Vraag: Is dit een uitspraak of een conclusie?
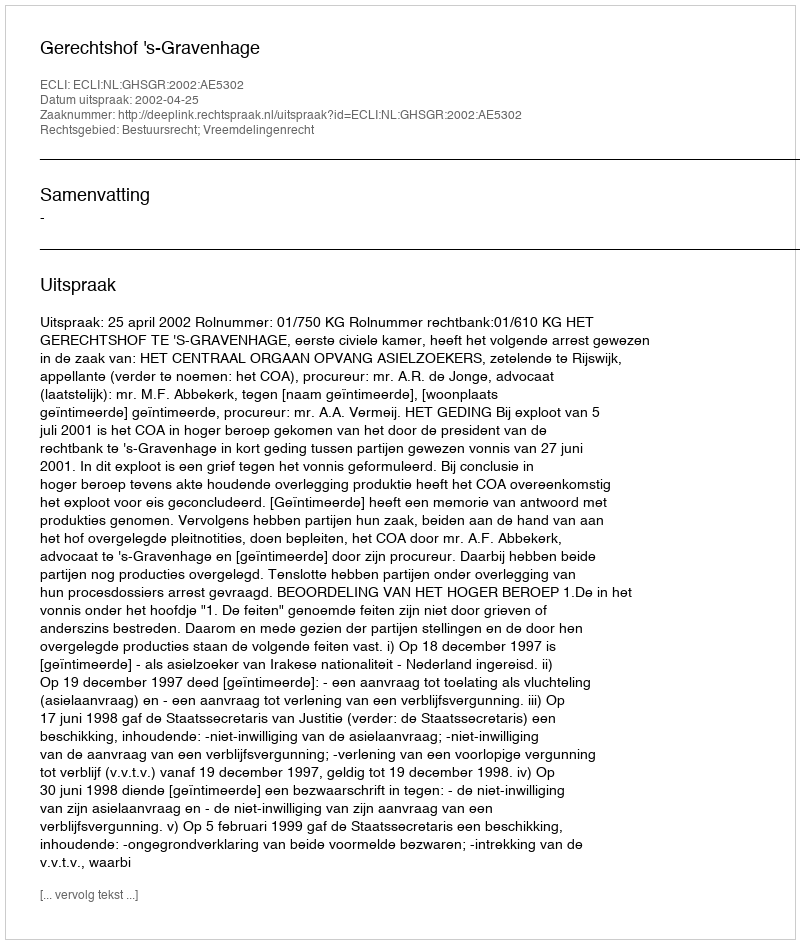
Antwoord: Uitspraak